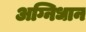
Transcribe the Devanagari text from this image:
अग्निधान